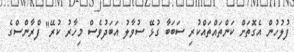
ފުލުހުން އެގޮތަށް ކަންތައްތައްކުރި ސަބަބާ ގުޅޭ ސުވާލު އަބަދުވެސް މިހާރު ކުރޭ" ފްރާންސްގެ